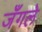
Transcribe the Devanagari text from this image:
जँगले